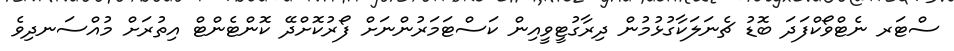
ސްޓަރ ނެޓްވޯކްފަދަ ބޮޑު ޗެނަލަކާގުޅުމުން ދިރާގުޓީވީއިން ކަސްޓަމަރުންނަށް ފޯރުކޮށްދޭ ކޮންޓެންޓް އިތުރަށް މުއްސަނދިވެ